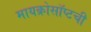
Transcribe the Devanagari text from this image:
मायक्रोसॉप्टची